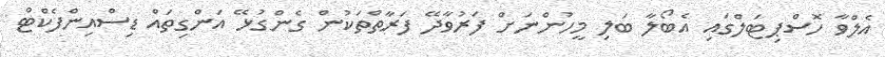
އެލްވާ ހޮސްޕިޓަލްގައި އެބޯލާ ބަލި މީހުންނަށް ފަރުވާދޭ ފަރާތްތަކުން ގެންގުޅޭ އަންގިތައް ޑިސްއިންފެކްޓް